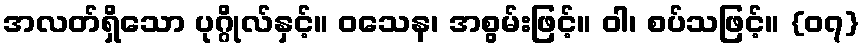
အလတ်ရှိသော ပုဂ္ဂိုလ်နှင့်။ ဝသေန၊ အစွမ်းဖြင့်။ ဝါ၊ စပ်သဖြင့်။ {၀၇}